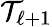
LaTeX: \mathcal{T}_{\ell+1}